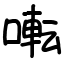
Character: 𫝚